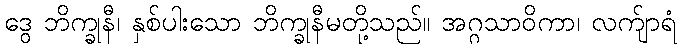
ဒွေ ဘိက္ခုနီ၊ နှစ်ပါးသော ဘိက္ခုနီမတို့သည်။ အဂ္ဂသာဝိကာ၊ လက်ျာရံ